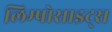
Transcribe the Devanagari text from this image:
लिम्पोसाइट्स